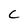
Character: C